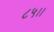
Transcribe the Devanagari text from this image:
८५।।